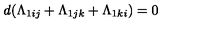
d ( \Lambda _ { 1 i j } + \Lambda _ { 1 j k } + \Lambda _ { 1 k i } ) = 0